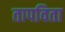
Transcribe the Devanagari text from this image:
तापविता